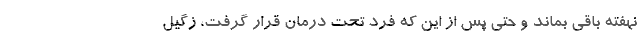
نهفته باقی بماند و حتی پس از این که فرد تحت درمان قرار گرفت، زگیل